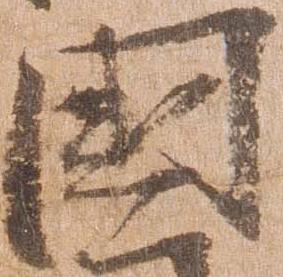
国